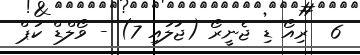
6  ރިއޯ ޑި ޖެނީރޯ (ޖުލައި 7) - ވޯލްޑް ކަޕް